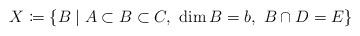
LaTeX: \begin{align*}X \coloneqq \{B\mid A\subset B\subset C,\ \dim B = b,\ B\cap D = E\}\end{align*}